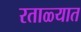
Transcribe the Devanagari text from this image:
रताळ्यात